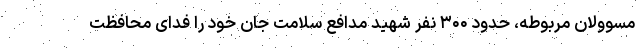
مسوولان مربوطه، حدود ۳۰۰ نفر شهید مدافع سلامت جان خود را فدای محافظت